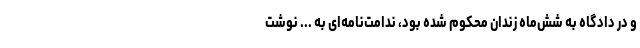
و در دادگاه به شش‌ماه زندان محکوم شده بود، ندامت‌نامه‌ای به ... نوشت